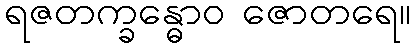
ရဇတက္ခန္ဓောဝ ဇောတရေ။